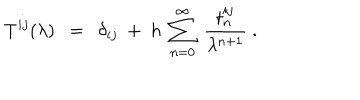
T ^ { i j } ( \lambda ) ~ ~ = ~ ~ \delta _ { i j } ~ + ~ h ~ \sum _ { n = 0 } ^ { \infty } ~ { \frac { t _ { n } ^ { i j } } { \lambda ^ { n + 1 } } } ~ .